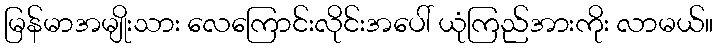
မြန်မာအမျိုးသား လေကြောင်းလိုင်းအပေါ် ယုံကြည်အားကိုး လာမယ်။